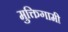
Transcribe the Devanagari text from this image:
मुक्तिगामी